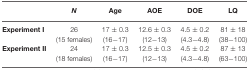
<table><thead><tr><td></td><td><b><i>N</i></b></td><td><b>Age</b></td><td><b>AOE</b></td><td><b>DOE</b></td><td><b>LQ</b></td></tr></thead><tbody><tr><td><b>Experiment I</b></td><td>26</td><td>17 ± 0.3</td><td>12.6 ± 0.3</td><td>4.5 ± 0.2</td><td>81 ± 18</td></tr><tr><td></td><td>(15 females)</td><td>(16−17)</td><td>(12−13)</td><td>(4.3−4.8)</td><td>(38−100)</td></tr><tr><td><b>Experiment II</b></td><td>24</td><td>17 ± 0.3</td><td>12.5 ± 0.3</td><td>4.5 ± 0.2</td><td>87 ± 13</td></tr><tr><td></td><td>(18 females)</td><td>(16−17)</td><td>(12−13)</td><td>(4.3−4.8)</td><td>(63−100)</td></tr></tbody></table>